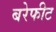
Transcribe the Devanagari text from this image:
बरेफीट